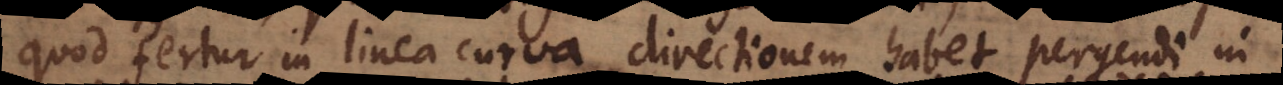
quod fertur in linea curva directionem habet pergendi in